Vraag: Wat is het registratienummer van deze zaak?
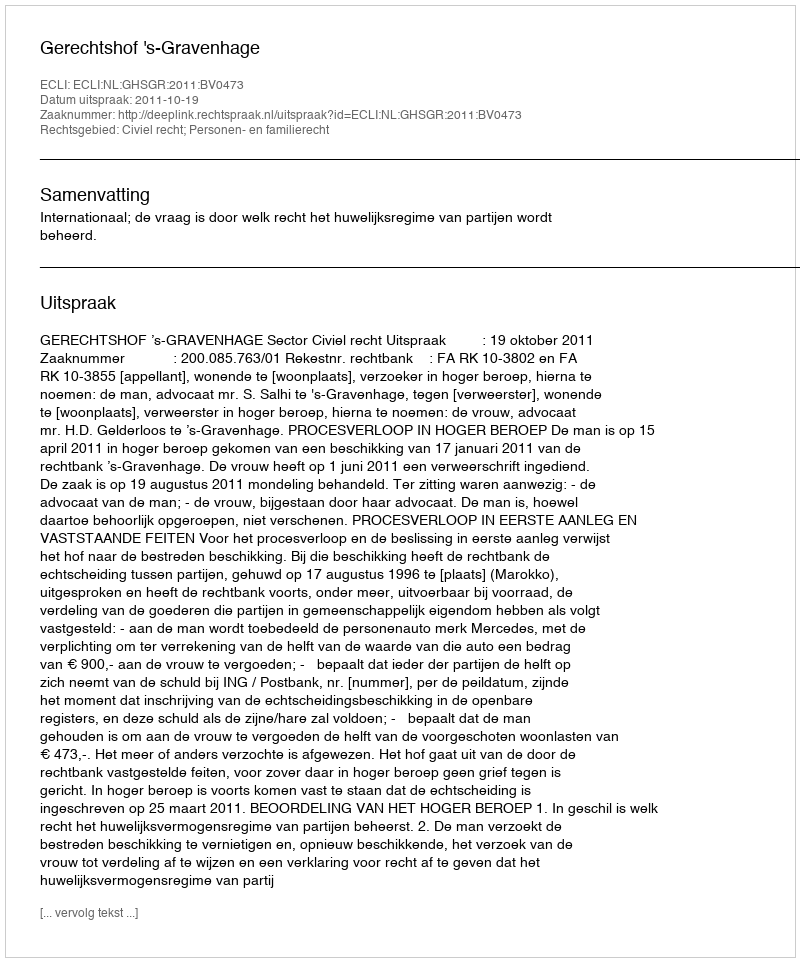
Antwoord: http://deeplink.rechtspraak.nl/uitspraak?id=ECLI:NL:GHSGR:2011:BV0473